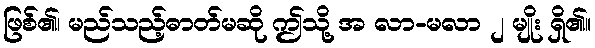
ဖြစ်၏၊ မည်သည့်ဓာတ်မဆို ဤသို့ အ လာ-မလာ ၂ မျိုး ရှိ၏။